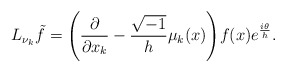
\begin{align*}L_{\nu_k}\tilde{f} = \Bigg( \frac{\partial}{\partial x_k} - \frac{\sqrt{-1}}{h}\mu_k(x) \Bigg) f(x)e^{\frac{i\theta}{h}} .\end{align*}